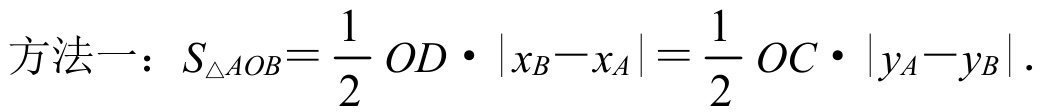
方法一：\(S_{\triangle AOB}=\frac{1}{2}OD\cdot|x_B - x_A|=\frac{1}{2}OC\cdot|y_A - y_B|\)